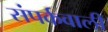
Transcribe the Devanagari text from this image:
संपर्कवाली